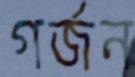
গর্জন